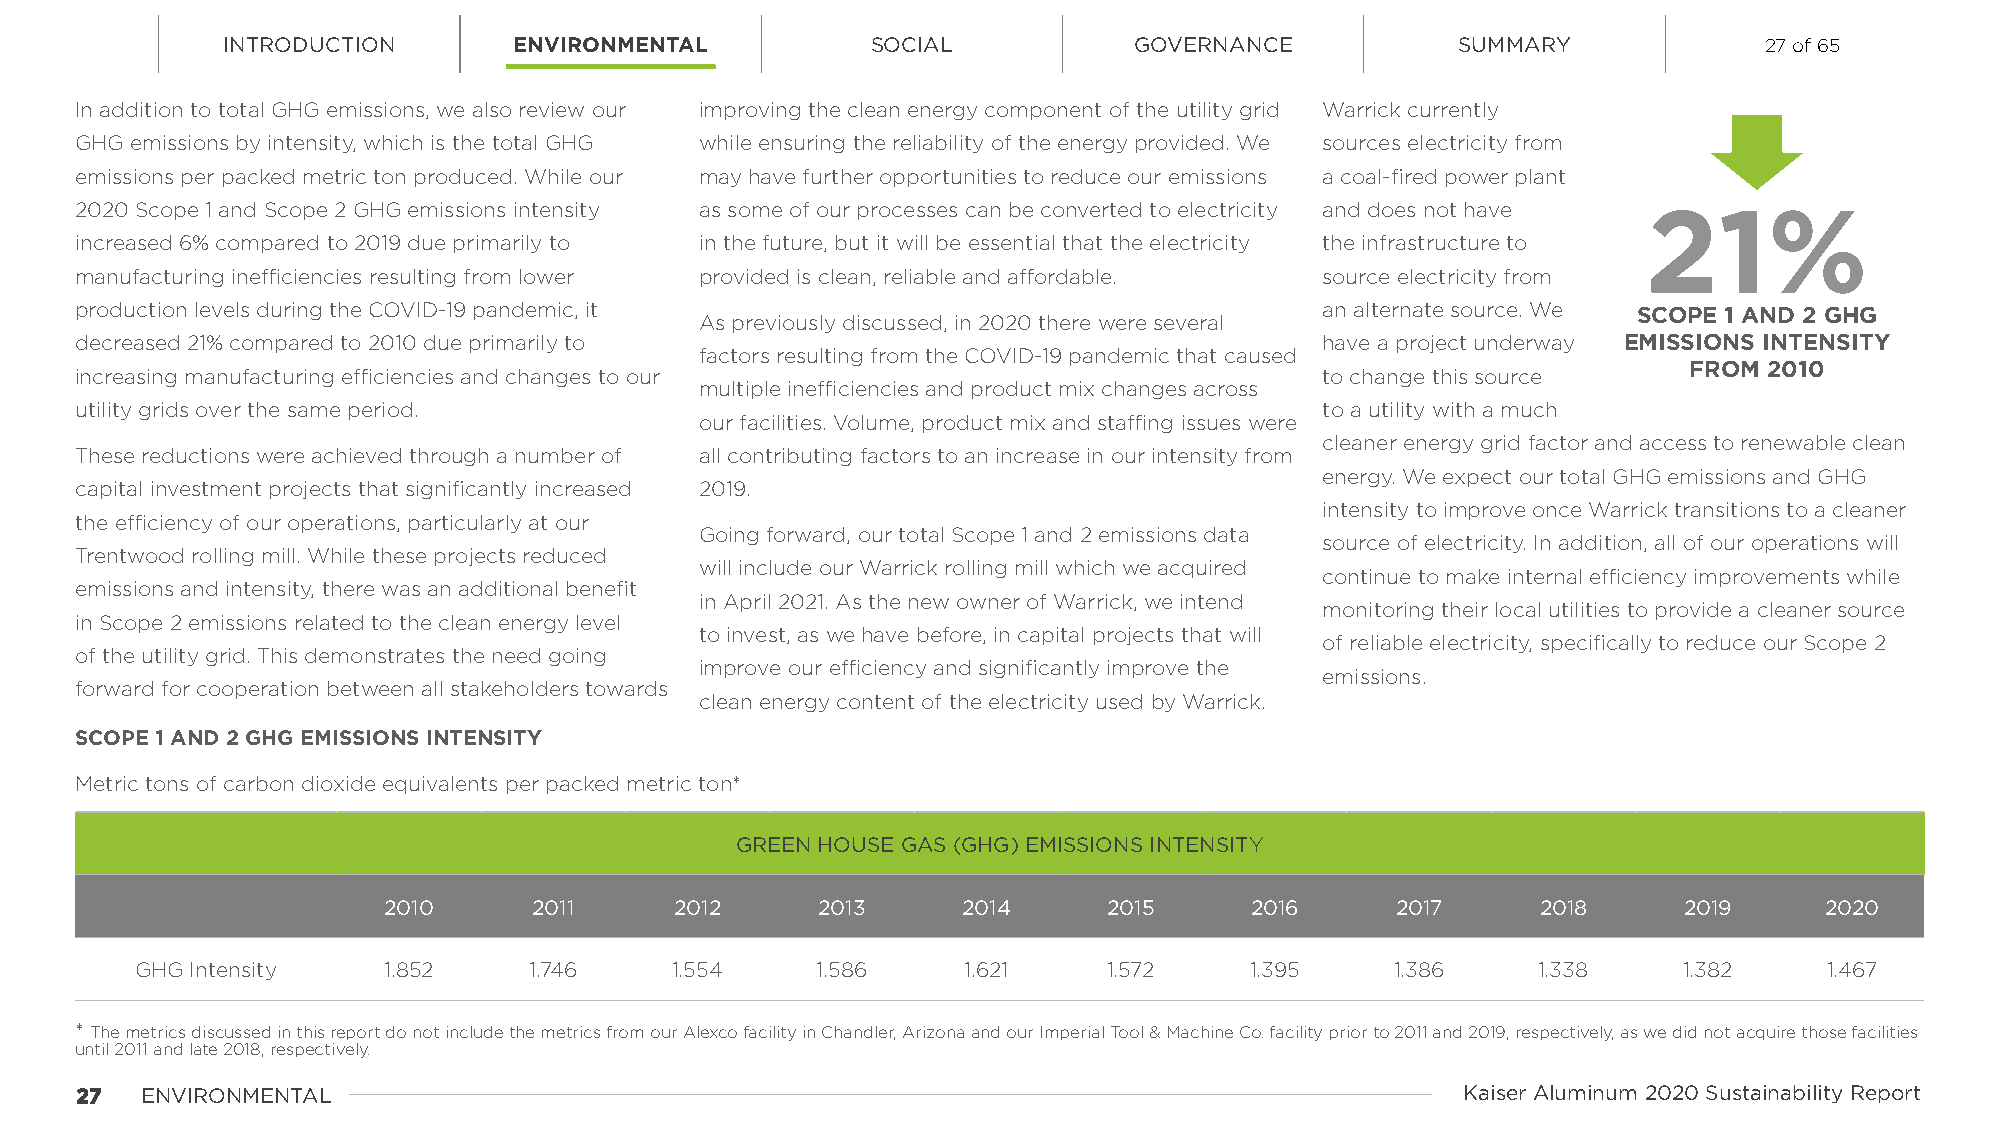
INTRODUCTION       ENVIRONMENTAL           SOCIAL           GOVERNANCE            SUMMARY             27 of 65
 In addition to total GHG emissions, we also review our improving the clean energy component of the utility grid Warrick currently
 GHG emissions by intensity, which is the total GHG while ensuring the reliability of the energy provided. We sources electricity from
 emissions per packed metric ton produced. While our may have further opportunities to reduce our emissions a coal-fired power plant
 2020 Scope 1 and Scope 2 GHG emissions intensity as some of our processes can be converted to electricity and does not have
 21%
 increased 6% compared to 2019 due primarily to in the future, but it will be essential that the electricity the infrastructure to
 manufacturing inefficiencies resulting from lower provided is clean, reliable and affordable. source electricity from
 production levels during the COVID-19 pandemic, it                                 an alternate source. We SCOPE 1 AND 2 GHG
 As previously discussed, in 2020 there were several
 decreased 21% compared to 2010 due primarily to                                    have a project underway EMISSIONS INTENSITY
 factors resulting from the COVID-19 pandemic that caused
 FROM 2010
 increasing manufacturing efficiencies and changes to our                           to change this source
 multiple inefficiencies and product mix changes across
 utility grids over the same period.                                                to a utility with a much
 our facilities. Volume, product mix and staffing issues were
 cleaner energy grid factor and access to renewable clean
 These reductions were achieved through a number of all contributing factors to an increase in our intensity from
 energy. We expect our total GHG emissions and GHG
 capital investment projects that significantly increased 2019.
 intensity to improve once Warrick transitions to a cleaner
 the efficiency of our operations, particularly at our
 Going forward, our total Scope 1 and 2 emissions data
 source of electricity. In addition, all of our operations will
 Trentwood rolling mill. While these projects reduced
 will include our Warrick rolling mill which we acquired
 continue to make internal efficiency improvements while
 emissions and intensity, there was an additional benefit
 in April 2021. As the new owner of Warrick, we intend
 monitoring their local utilities to provide a cleaner source
 in Scope 2 emissions related to the clean energy level
 to invest, as we have before, in capital projects that will
 of reliable electricity, specifically to reduce our Scope 2
 of the utility grid. This demonstrates the need going
 improve our efficiency and significantly improve the
 emissions.
 forward for cooperation between all stakeholders towards
 clean energy content of the electricity used by Warrick.
 SCOPE 1 AND 2 GHG EMISSIONS INTENSITY
 Metric tons of carbon dioxide equivalents per packed metric ton*
 GREEN HOUSE GAS (GHG) EMISSIONS INTENSITY
 2010      2011      2012     2013      2014     2015      2016     2017      2018     2019      2020
 GHG Intensity   1.852     1.746    1.554     1.586     1.621    1.572     1.395    1.386     1.338    1.382     1.467
 * The metrics discussed in this report do not include the metrics from our Alexco facility in Chandler, Arizona and our Imperial Tool & Machine Co. facility prior to 2011 and 2019, respectively, as we did not acquire those facilities
 until 2011 and late 2018, respectively.
 2277 ENVIRONMENTAL                                                                          Kaiser Aluminum 2020 Sustainability Report